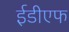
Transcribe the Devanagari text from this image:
ईडीएफ